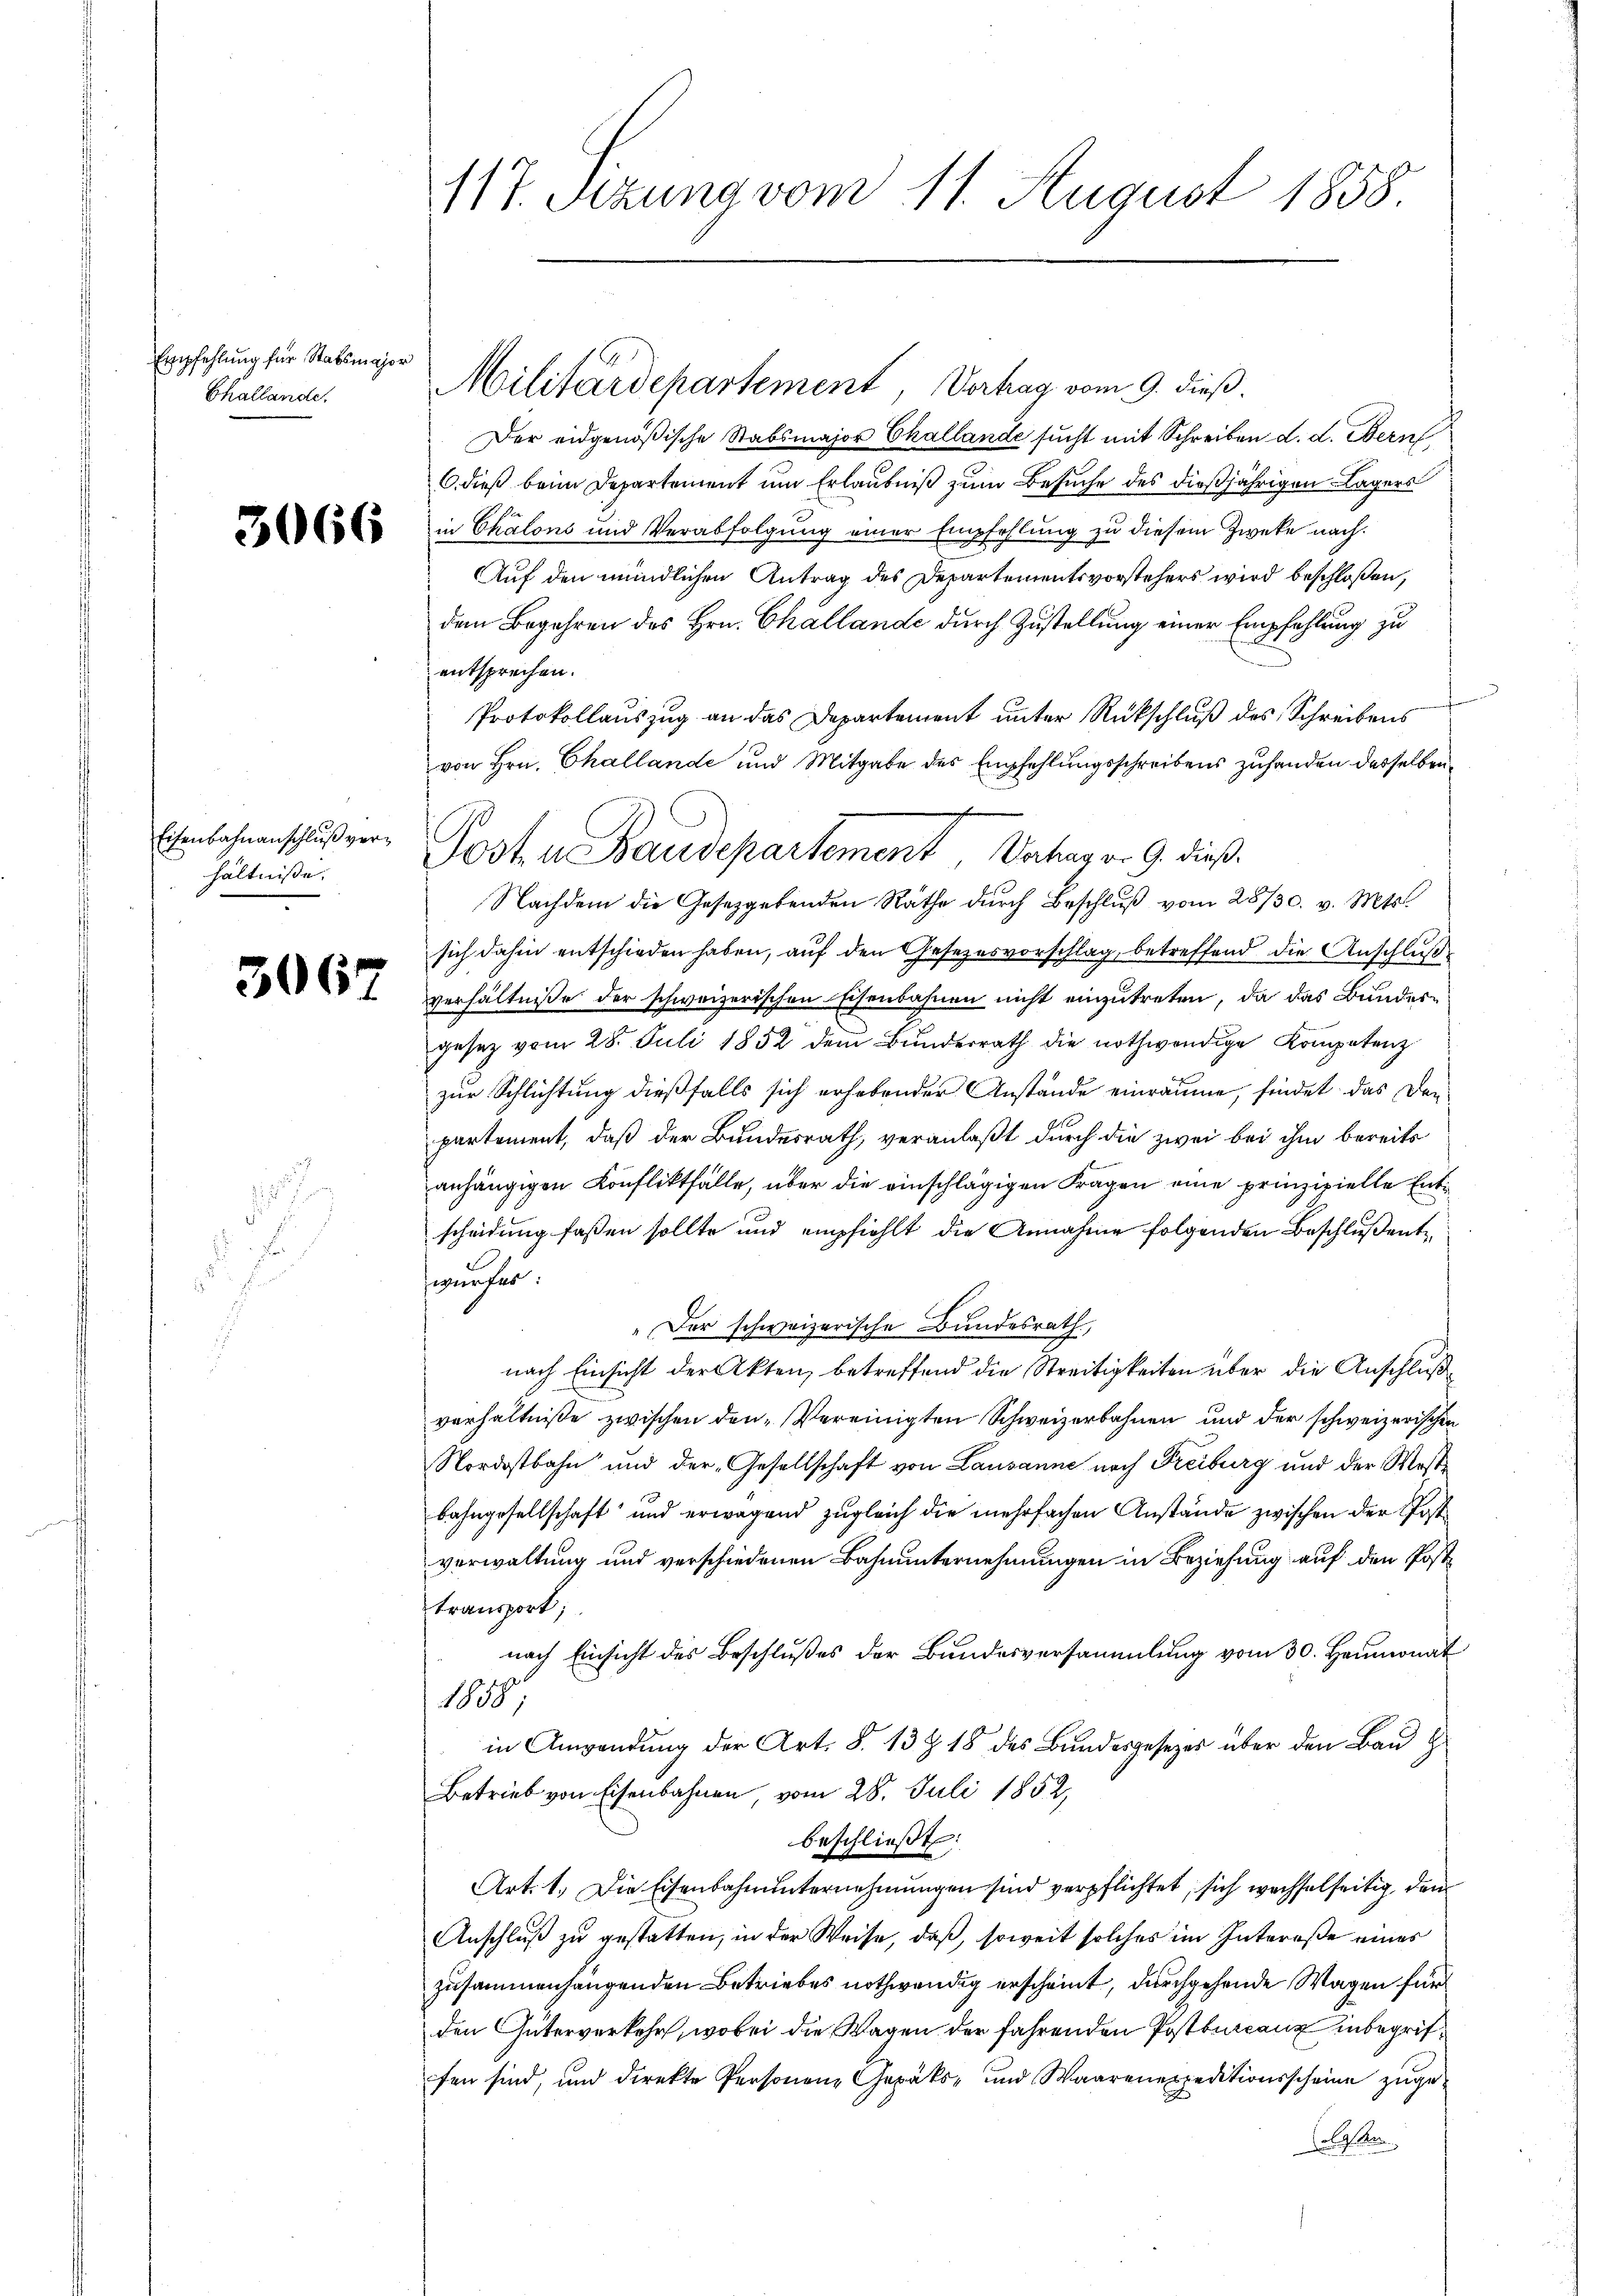
Empfehlung für Stabsmajor
Challande.

Eisenbahnanschluß verhältnisse.

3067

117. Setzung vom 11. August 1858.

Militärdepartement, Verhag vom 9. dieß.
Der eidgenößische Stabsmajor Challande sucht mit Schreiben d. d. Bern
6. dieß beim Departement um Erlaubniß zum Besuche des dießjährigen Lagers
 in Chalons und Verabfolgung einer Empfehlung zu diesem Zwecke nach¬
Auf den mündlichen Antrag des Departementsvorstehers wird beschloßen,
dem Begehren des Hrn. Challande durch Zustellung einer Empfehlung zu
entsprechen.
Protokollauszug an das Departement unter Rückschluß des Schreibens
von Hrn. Challande und Mitgabe des Empfehlungsschreibens zuhanden desselben
f
Nachdem die Gesetzgebenden Räthe durch Beschlŭβ vom 28/30. v. Mts.
sich dahin entschieden haben, auf den Gesezesvorschlag, betreffend die Anschluß
verhältniße der schweizerischen Eisenbahnen nicht einzutreten, da das Bundergesez vom 28. Juli 1852 dem Bunderrath die nothwendige Kompetenz
zur Schlichtung dießfalls sich erhebender Anstände einräume, findet das Donpartement, daß der Bundesrath, veranlaßt durch die zwei bei ihm bereits
anhängigen Konfliktfalle, über die einschlägigen Fragen eine prinzipielle Entscheidung faßen sollte und empfiehlt die Annahme folgenden Beschluß entwurfes:
"Der schweizerische Bundesrath,
nach Einsicht der Akten, betreffend die Streitigkeiten über die Anschluß
verhältniße zwischen den-Vereinigten Schweizerbahnen und der schweizerischen
Nordostbahn und der Gesellschaft von Lausanne nach Freiburg und der Mostbahngesellschaft und erwagend zugleich die mehrfachen Anstände zwischen der Postverwaltung und verschiedenen Bahnunternehmungen in Beziehung auf den Posttransport;
nach Einsicht des Beschlußes der Bundesversammlung vom 30. Heumonat
1889
in Anwendung der Art. S. 13 Z 18 des Bundesgesezes über den Bau
Betrieb von Eisenbahnen vom 28. Juli 1852,
beschließt:
Art. 1. Die Eisenbahnunternehmungen sind verpflichtet, sich wechselseitig, den
Anschluß zu gestatten, in der Weise, daß, soweit solches im Intereße eines
zusammenhangenden Betriebes nothwendig erscheint, durchgehende Wagen für
den Güterverkehr, wobei die Wagen der fahrenden Postbureaux inbegriffen sind, und direkte Personen Gepäks- und Waarenexpeditionsscheine zugeolgten

Post in Baudepartement Verhag v. 9. dieß.